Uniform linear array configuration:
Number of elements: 64
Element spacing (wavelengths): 0.75
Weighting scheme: cosine
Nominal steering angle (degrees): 15
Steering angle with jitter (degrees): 16.15
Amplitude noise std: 0.05
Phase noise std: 0.05

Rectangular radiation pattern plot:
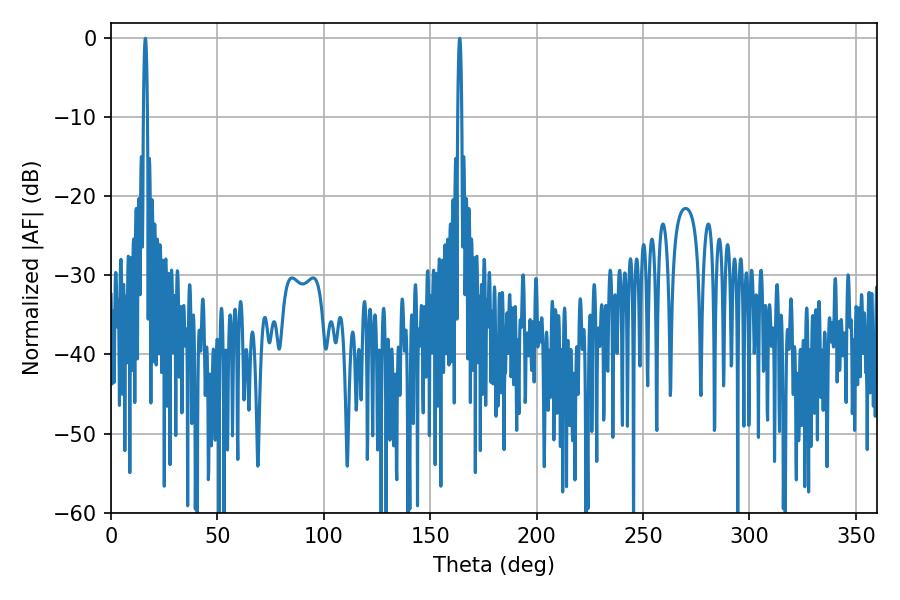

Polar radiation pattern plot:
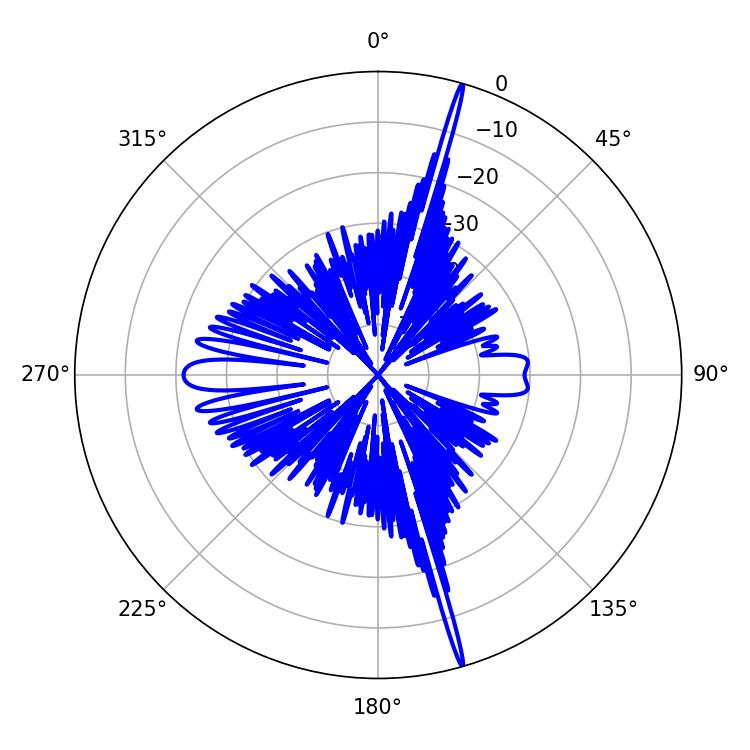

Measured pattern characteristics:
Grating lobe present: TRUE
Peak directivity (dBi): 22.855
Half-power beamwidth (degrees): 0.9
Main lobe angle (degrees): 163.8